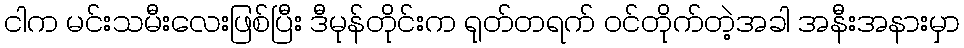
ငါက မင်းသမီးလေးဖြစ်ပြီး ဒီမုန်တိုင်းက ရုတ်တရက် ဝင်တိုက်တဲ့အခါ အနီးအနားမှာ